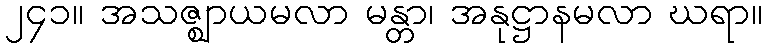
၂၄၁။ အသဇ္ဈာယမလာ မန္တာ၊ အနုဋ္ဌာနမလာ ဃရာ။